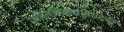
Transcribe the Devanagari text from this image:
वास्तविकतावादियों